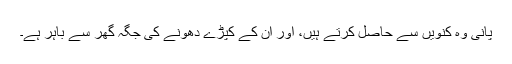
پانی وہ کنویں سے حاصل کرتے ہیں، اور ان کے کپڑے دھونے کی جگہ گھر سے باہر ہے۔